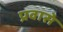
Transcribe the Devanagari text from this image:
प्रवासे